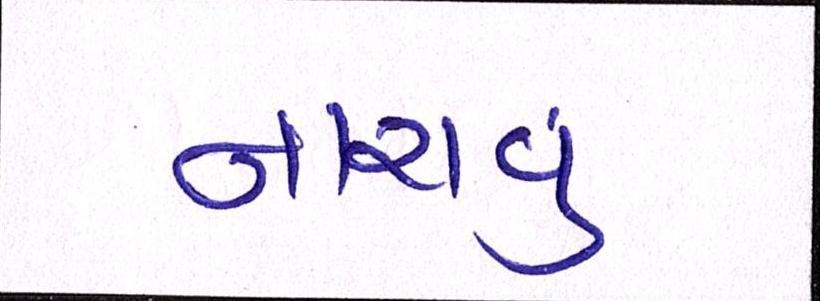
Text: નાચવું